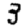
Digit: 3